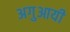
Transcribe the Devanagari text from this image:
अगुआयी